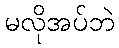
မလိုအပ်ဘဲ